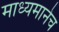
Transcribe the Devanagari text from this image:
माध्यमानेच